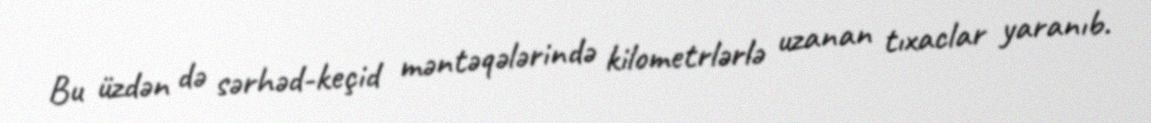
Bu üzdən də sərhəd-keçid məntəqələrində kilometrlərlə uzanan tıxaclar yaranıb.